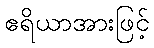
ဧရိယာအားဖြင့်